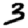
Digit: 3